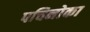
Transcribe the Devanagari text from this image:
पचिनोका